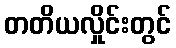
တတိယလှိုင်းတွင်